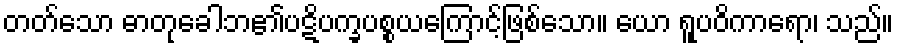
တတ်သော ဓာတုခေါဘ၏ပဋိပက္ခပစ္စယကြောင့်ဖြစ်သော။ ယော ရူပဝိကာရော၊ သည်။